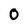
Character: 0